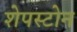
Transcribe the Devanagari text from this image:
शेपस्टोन